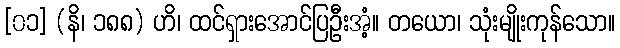
[၀၁] (နိ၊ ၁၈၈) ဟိ၊ ထင်ရှားအောင်ပြဦးအံ့။ တယော၊ သုံးမျိုးကုန်သော။